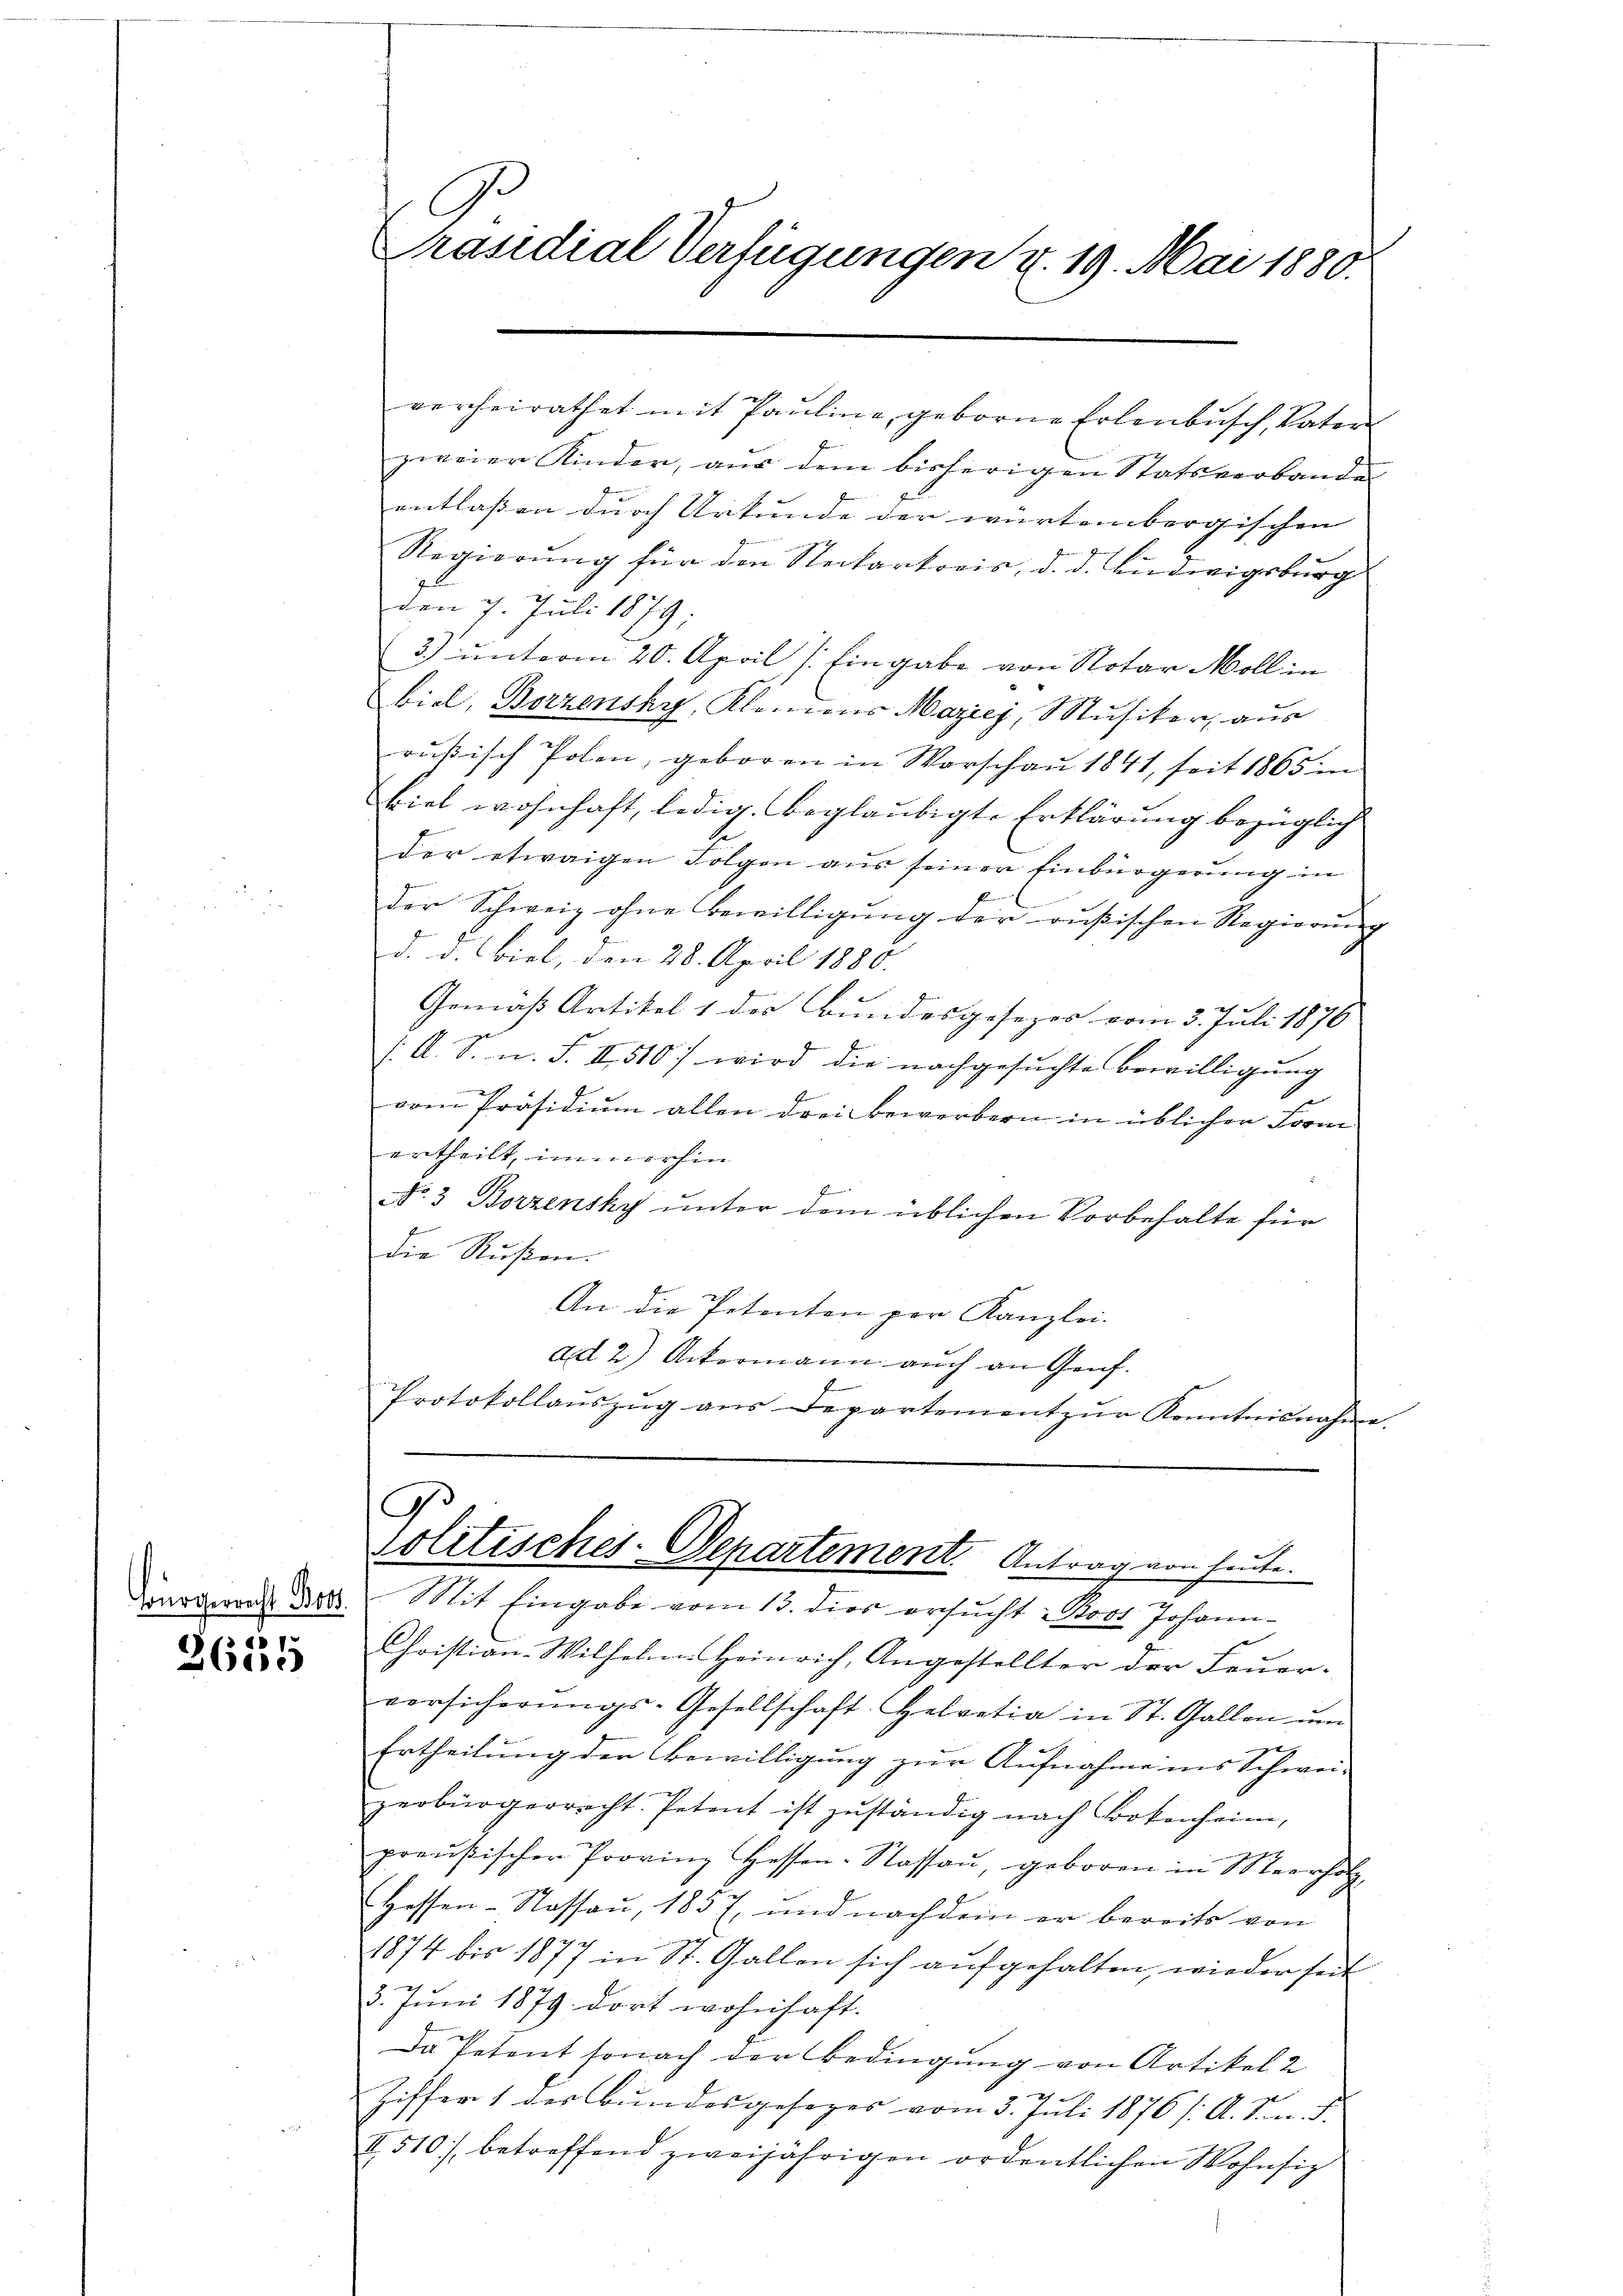
c 1.
3600

Präsidial Verfügungen u. 19. Mai 1880.

verheirathet mit Paŭline, geborne Erlenbusch, Vater
zweier Kinder, aus dem bisherigen Statsverbande
entlassen durch Urkunde der würtembergischen
Regierung für den Neckartoris, d. d. Ludwigsburg
den 7. Juli 1879;
3) unterm 20. April [Eingabe von Notar Moll in
biel, Berzensky, Klaniens Mazicj, Musiker, aus
rußisch Polen, geboren in Warschau 1841, seit 1865 in
viel wohnhaft, ledig, beglaubigte Erklärung bezüglich
der etwaigen Folgen aus seiner Einbürgerung in
der Schweiz ohne Bewilligung der oußischen Regierung
d. d. Biel, den 28. April 1888.
Gemäß Artikel 1 des Bundesgesezes vom 3. Juli 1876
/. A. S. n. F. II 510) wird die nachgesuchte Bewilligung
vom Präsidium allen drei Bewerbern in üblicher Form
ertheilt, immerhin
No 3 Borzensky unter dem üblichen Vorbehalte für
die Rußen.
An die Petenten per Kanzlei-
ad 2.) Ackermann auch an Genf.
Protokollauszug aus Departement zŭr Kenntnisnahme.

C
Solitisches-Departement. Antrag von heute.

Ziogen Bett. Mit Eingabe vom 13. dies ersŭcht: Rost Johann
Christian-Wilhelm Heinrich, Angestellter der Feuer-
versicherŭngs-Gesellschaft Helvetia in St. Gallen ŭm
Ertheilung der Bewilligung zur Aufnahme ins Schwei-
zerbürgerrecht. Petent ist zuständig nach Lockenheim,
preußischen Provinz Hessen-Nassau, geboren in Meerholz
Hessen-Sassau, 1857 und nachdem er bereits von
1874 bis 1877 in St. Gallen sich aufgehalten, wieder seit
3. Juni 1879 dort wohnhaft.
Da Petent sonach der Bedingung von Artikel 2
Ziffer 1 des Bundesgesezes vom 3. Juli 1876 /: A. Sn. F.
II 510 betreffend zweijährigen ordentlichen Wohnsitz